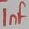
Text: 1nF